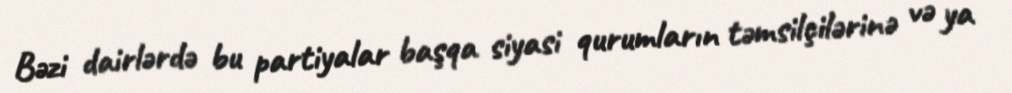
Bəzi dairlərdə bu partiyalar başqa siyasi qurumların təmsilçilərinə və ya